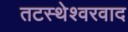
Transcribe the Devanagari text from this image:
तटस्थेश्वरवाद